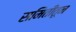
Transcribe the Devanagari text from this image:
समितीतून